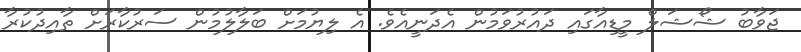
ޖަވާބު ޝޯޝަލް މީޑިއާގައި ދައުރުވަމުން އެދަނީއެވެ. އެ ލިޔުމަށް ބަލާލުމުން ސަރުކާރަށް ތާއިދުކުރާ